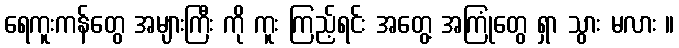
ရေကူးကန်တွေ အများကြီး ကို ကူး ကြည့်ရင်း အတွေ့ အကြုံတွေ ရှာ သွား မလား ။